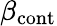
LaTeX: \beta_{\mathrm{cont}}